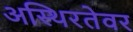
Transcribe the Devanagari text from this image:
अस्थिरतेवर